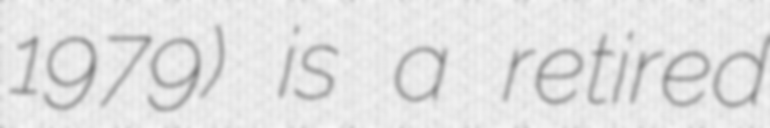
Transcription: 1979) is a retired